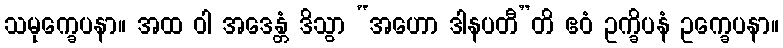
သမုက္ခေပနာ။ အထ ဝါ အဒေန္တံ ဒိသွာ “အဟော ဒါနပတီ”တိ ဧဝံ ဥက္ခိပနံ ဥက္ခေပနာ။